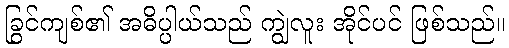
ခြွင်ကျစ်၏ အဓိပ္ပါယ်သည် ကျွဲလူး အိုင်ပင် ဖြစ်သည်။